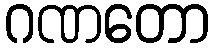
ဂဏတော